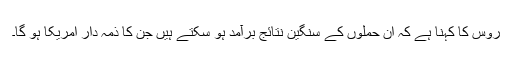
روس کا کہنا ہے کہ ان حملوں کے سنگین نتائج برآمد ہو سکتے ہیں جن کا ذمہ دار امریکا ہو گا۔